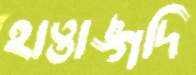
হাত্তাঙ্গদি